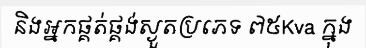
និងអ្នកផ្គត់ផ្គង់ស្ងួតប្រភេទ ៧៥Kva ក្នុង